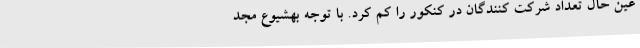
عین حال تعداد شرکت کنندگان در کنکور را کم کرد. با توجه بهشیوع مجد